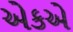
એકએ